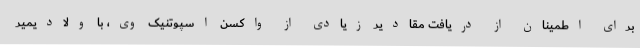
برای اطمینان از دریافت مقادیر زیادی از واکسن اسپوتنیک وی، با ولادیمیر